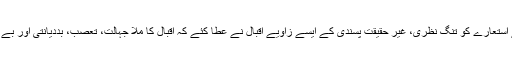
ہماری شاعری میں ملا کے استعارے کو تنگ نظری، غیر حقیقت پسندی کے ایسے زاویے اقبال نے عطا کئے کہ اقبال کا ملا جہالت، تعصب، بددیانتی اور بے حسی کا نشان نظر آنے لگا۔